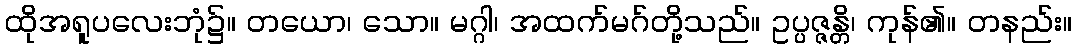
ထိုအရူပလေးဘုံ၌။ တယော၊ သော။ မဂ္ဂါ၊ အထက်မဂ်တို့သည်။ ဥပ္ပဇ္ဇန္တိ၊ ကုန်၏။ တနည်း။